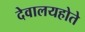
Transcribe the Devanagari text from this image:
देवालयहोते